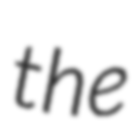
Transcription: the